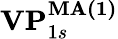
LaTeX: \textbf{VP}_{1s}^{\textbf{MA(1)}}